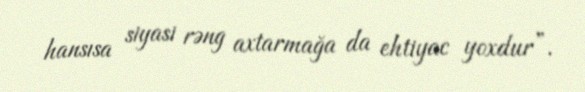
hansısa siyasi rəng axtarmağa da ehtiyac yoxdur”.